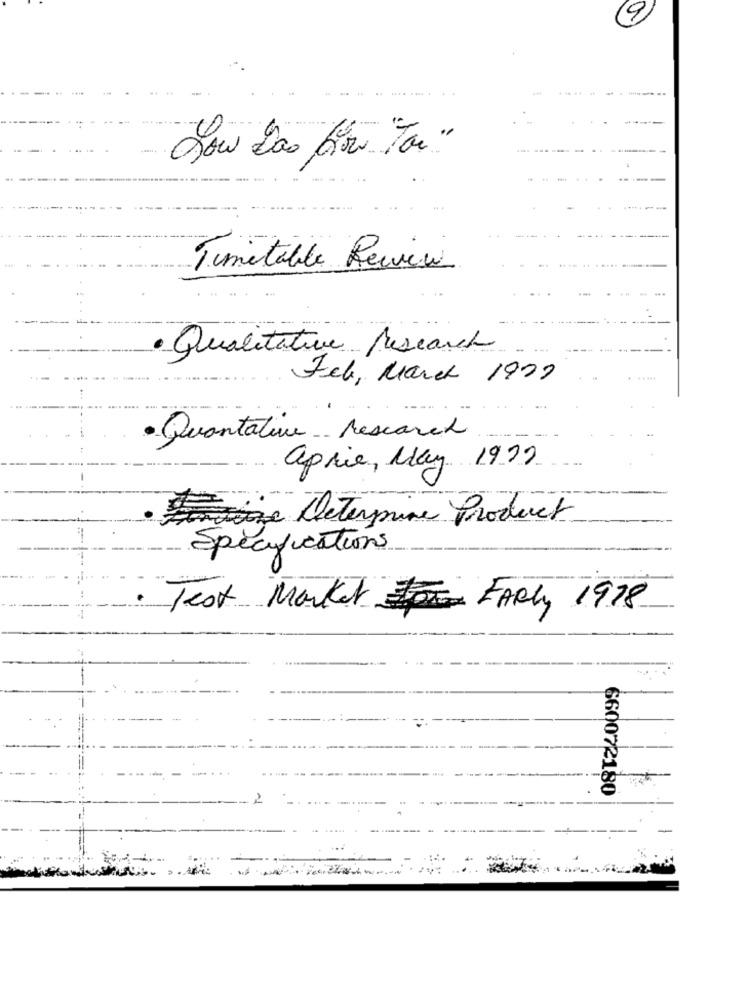
How Las bitte "For"
--
---
Timetable Review
Qualitative Research
Feb, March 1929
·Quantaline rescarch
aprie, May 1979
Determine Product
Specifications
Test Market FARly 1978
660072180
2
....